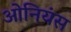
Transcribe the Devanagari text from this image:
ओनियंस